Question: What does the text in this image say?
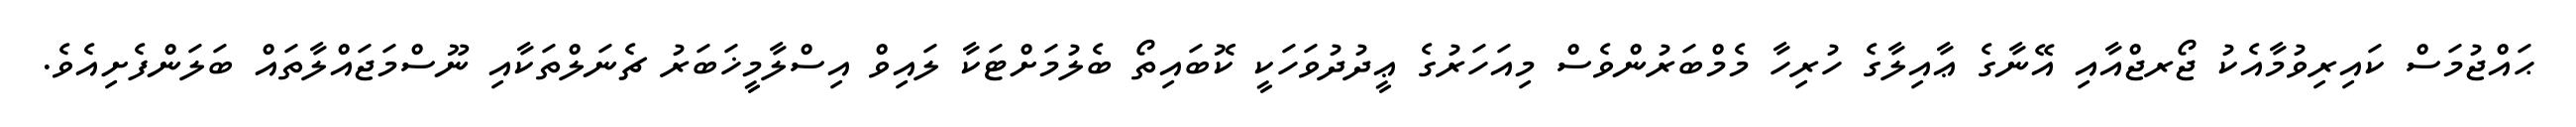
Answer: ޙައްޖުމަސް ކައިރިވުމާއެކު ޖޯރޖްއާއި އޭނާގެ ޢާއިލާގެ ހުރިހާ މެމްބަރުންވެސް މިއަހަރުގެ ޢީދުދުވަހަކީ ކޮބައިތޯ ބެލުމަށްޓަކާ ލައިވް އިސްލާމީޚަބަރު ޗެނަލްތަކާއި ނޫސްމަޖައްލާތައް ބަލަންފެށިއެވެ.